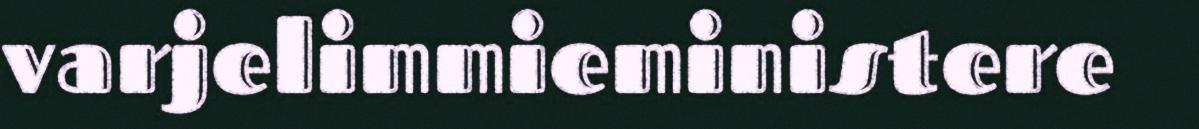
varjelimmieministere